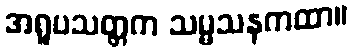
အရူပသတ္တက သမ္မသနကထာ။